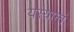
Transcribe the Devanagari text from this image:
यस्यान्तं